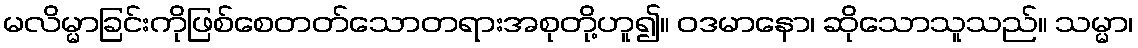
မလိမ္မာခြင်းကိုဖြစ်စေတတ်သောတရားအစုတို့ဟူ၍။ ဝဒမာနော၊ ဆိုသောသူသည်။ သမ္မာ၊